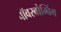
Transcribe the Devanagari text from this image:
पॉवरबोम्बिंग